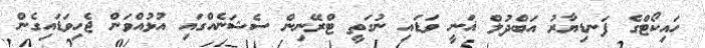
ހައިކޯޓްގެ ފަނޑިޔާރު އަބްދުލް ޣަނީ ވަޑައި ނުގަތީ ޓްރޭނިން ސެޝަނެއްގައި އުޅުއްވަން ޖެހިވަޑައިގެން